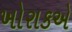
ખોરાકએ